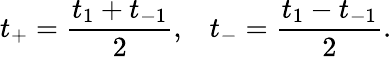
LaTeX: t_{+}=\frac{t_{1}+t_{-1}}{2},\; \; \; t_{-}=\frac{t_{1}-t_{-1}}{2}.